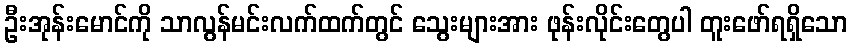
ဦးအုန်းမောင်ကို သာလွန်မင်းလက်ထက်တွင် သွေးများအား ဖုန်းလိုင်းတွေပါ တူးဖော်ရရှိသော